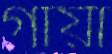
গায়া